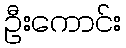
ဦးကောင်း